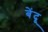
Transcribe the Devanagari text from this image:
बेंदू